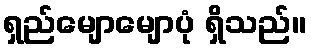
ရှည်မျောမျောပုံ ရှိသည်။